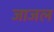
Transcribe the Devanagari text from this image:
जाजल